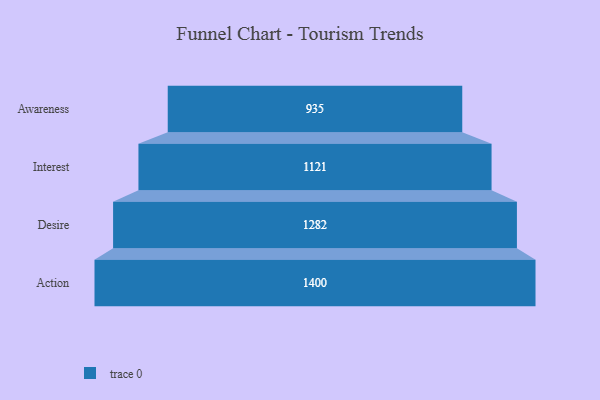
{"axis": {"x": "Stage", "y": "Value"}, "legend": [""], "data": [{"x": "Awareness", "y": 935.0, "type": ""}, {"x": "Interest", "y": 1121.0, "type": ""}, {"x": "Desire", "y": 1282.0, "type": ""}, {"x": "Action", "y": 1400.0, "type": ""}]}